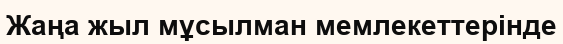
Жаңа жыл мұсылман мемлекеттерінде